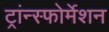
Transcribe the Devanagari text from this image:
ट्रांन्स्फोर्मेशन